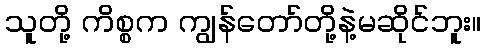
သူတို့ ကိစ္စက ကျွန်တော်တို့နဲ့မဆိုင်ဘူး။